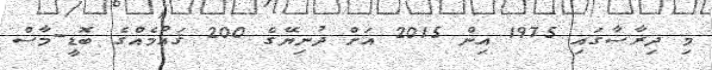
މި ދިރާސާގައި 1975 އިން 2015 އަށް ދުނިޔޭގެ 200 ޤައުމެއްގެ ބޮޑީ-މާސް